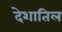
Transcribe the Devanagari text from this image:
देशातिल